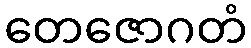
တေဇောဂတံ